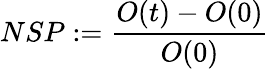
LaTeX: NSP:=\frac{O(t)-O(0)}{O(0)}